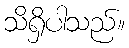
သိရှိပါသည်။